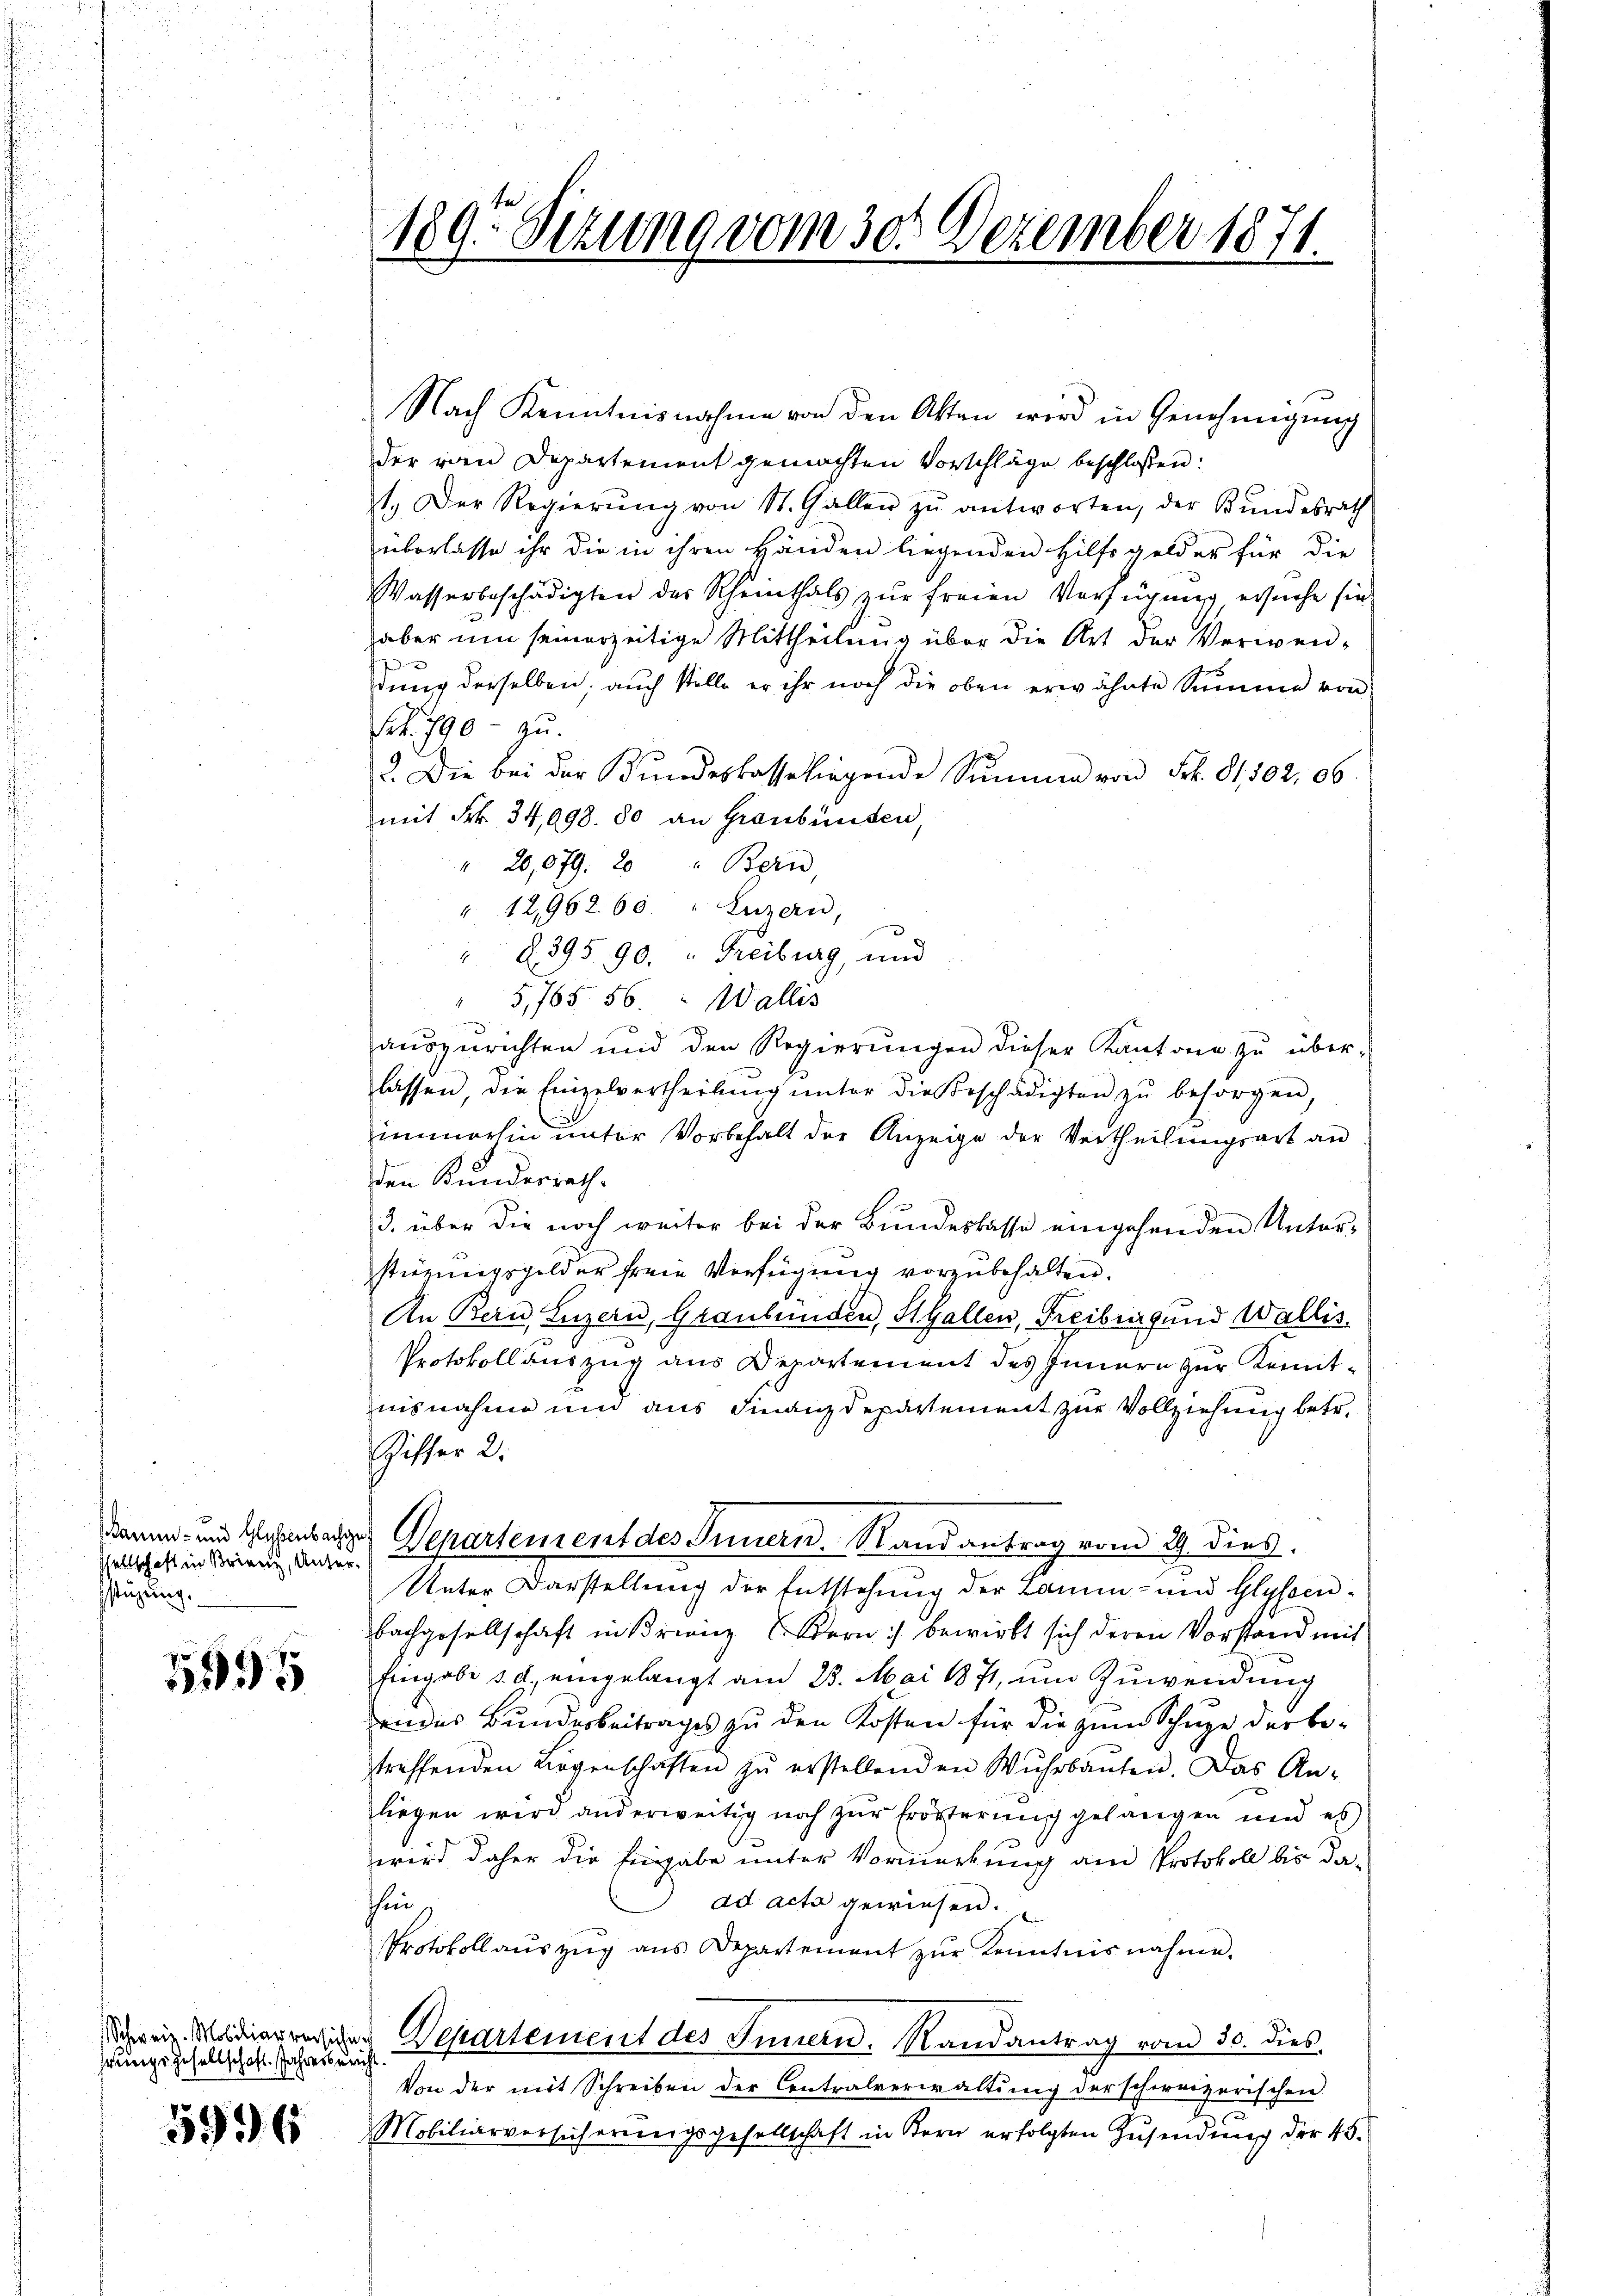
sellschaft in Brienz, Unterstüzung.

5595

Schweiz. Mobiliarversichen
hrunge gesellschaft. Jahresbericht.

5996

189. Sekung vom 30. Dezember 1871.

Nach Kenntnisnahme von den Akten wird in Genehmigung
der rien Departement gemachten Vorschläge beschlossen:
st. Der Regierŭng von St. Gallen zŭ antworten, der Bundesrath
überlasse ihr die in ihren Händen liegenden Hilfsgelder für die
Wasserbeschädigten des Rheinthals zur freien Verfügung, ersuche sie
aber um seinerzeitige Mittheilung über die Art der Verwen-
x
dung derselben; auch stelle er ihr noch die oben erwähnte Summe von
Frk. 790 - zu.
2. Die bei der Bŭndeskasse liegende Summe von Frk. 81502,06.
mit Frk. 34,098. 80 an Graubünden.
" 20,079. 20 " Bern,
"12,962. 60. " Luzern,
" 2395. 90. " Freiburg, und
" 5,765. 56. " Wallis
g
aŭszŭrichten und den Regierŭngen dieser Kantone zŭ über-
lassen, die Einzelvertheilŭng ŭnter die Beschädigten zŭ besorgen,
immerhin unter Vorbehalt der Anzeige der Vertheilungsart an
den Kundesrath.
3. über die noch weiter bei der Bundeskasse eingehenden Unter-
stürmigsgelder freie Verfügung vorzubehalten.
An Bern, Luzern, Graubünden, St. Gallen, Freiburgund Wallis
Protokollauszug aus Departement des Innern zur Remitnisnahme und aus Finanzdepartement zur Vollziehung betr.
Ziffer 2.
kamm- und Glasenbache Departement des Innern. Stand antrag vom 29. dies
Unter Darstellung der Entstehung der Lamm- und Glyssenbachgesellschaft in Brienz Bern :/ bewirkt sich deren Vorstand mit
hingabe d. d. eingelangt am 23. Mai 1871, um Zuwendung
endes Bundesbeitrages zu den Kosten für die zum Schuze der be-
treffenden Liegenschaften zŭ erstellenden Wuhrbaŭten. Das An-
liegen wird anderweitig noch zur Erörterung gelangen und es
wird daher die Eingabe unter Vormerkung am Protokoll bis daad acta gewiesen.
ihin
Protokollaŭszŭg ans Departement zŭr Kenntnisnahme.
Departement des Innern. Randantrag vom 30. dies
Von der mit Schreiben der Contralverwaltung der schweizerischen
Mobiliarversicherungsgesellschaft in Bern erfolgten Zusendung der 43.